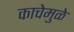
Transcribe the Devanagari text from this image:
काचेमुळे